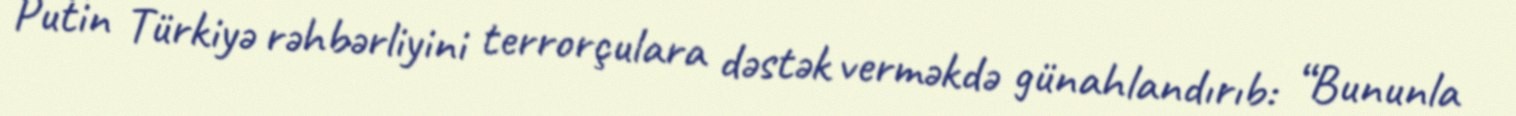
Putin Türkiyə rəhbərliyini terrorçulara dəstək verməkdə günahlandırıb: “Bununla